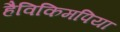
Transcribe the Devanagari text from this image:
हैविकिमपिया